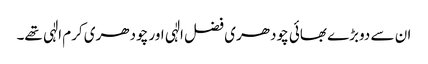
ان سے دوبڑے بھائی چودھری فضل الٰہی اور چودھری کرم الٰہی تھے۔